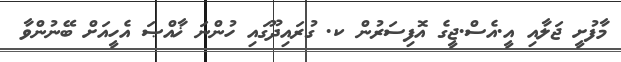
މާފުށީ ޖަލާއި އީ.އެސް.ޖީގެ އޮފިސަރުން ކ. ގުރައިދޫގައި ހުންނަ ޚާއްޞަ އެހީއަށް ބޭނުންވާ